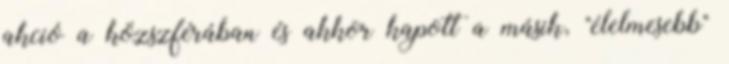
akció a közszférában és akkor kapott a másik, "élelmesebb"